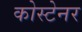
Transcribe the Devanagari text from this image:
कोस्टेनर